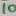
Text: 10